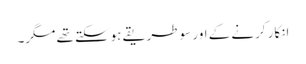
انکار کرنے کے اور سو طریقے ہوسکتے تھے مگر۔